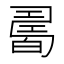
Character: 𤾊